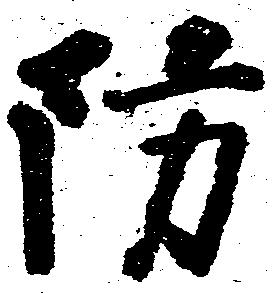
防